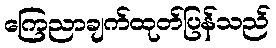
ကြေညာချက်ထုတ်ပြန်သည်